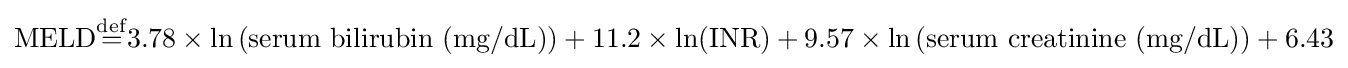
\mathrm {MELD} {\overset {\mathrm {def} }{=}}3.78\times \ln \left({\text{serum bilirubin (mg/dL)}}\right)+11.2\times \ln({\text{INR}})+9.57\times \ln \left({\text{serum creatinine (mg/dL)}}\right)+6.43